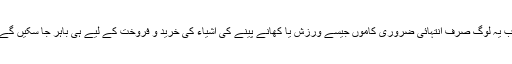
اب یہ لوگ صرف انتہائی ضروری کاموں جیسے ورزش یا کھانے پینے کی اشیاء کی خرید و فروخت کے لیے ہی باہر جا سکیں گے۔